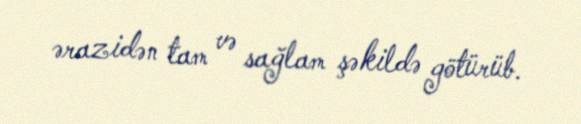
ərazidən tam və sağlam şəkildə götürüb.